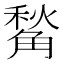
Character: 𧤙